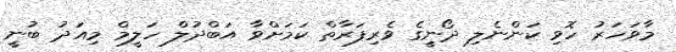
މާވަހަރު ހޮވި ކަންނެލި ދޯނިީގެ ވެރިފަރާތް ކަމަށްވާ އަބްދުލް ހަލީމް މިއަދު ބުނީ